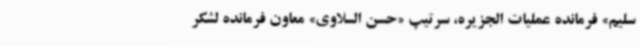
سلیم» فرمانده عملیات الجزیره، سرتیپ «حسن السلاوی» معاون فرمانده لشکر